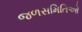
જળસમિતિઓ